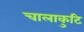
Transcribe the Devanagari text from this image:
चालाकुटि